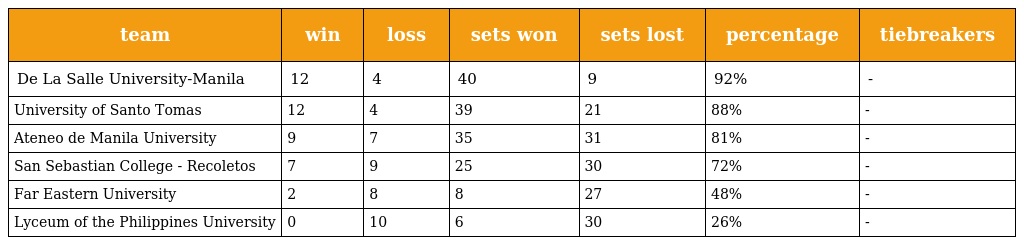
| team | win | loss | sets won | sets lost | percentage | tiebreakers |
 | --- | --- | --- | --- | --- | --- | --- |
 | De La Salle University-Manila | 12 | 4 | 40 | 9 | 92% | - |
 | University of Santo Tomas | 12 | 4 | 39 | 21 | 88% | - |
 | Ateneo de Manila University | 9 | 7 | 35 | 31 | 81% | - |
 | San Sebastian College - Recoletos | 7 | 9 | 25 | 30 | 72% | - |
 | Far Eastern University | 2 | 8 | 8 | 27 | 48% | - |
 | Lyceum of the Philippines University | 0 | 10 | 6 | 30 | 26% | - |